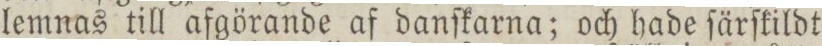
lemnas till afgörande af danſkarna; och hade ſärſkildt